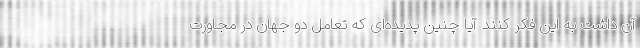
آن داشت به این فکر کنند آیا چنین پدیده‌ای که تعامل دو جهان در مجاورت